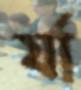
র্যা